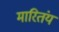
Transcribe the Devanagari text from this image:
मारितंय